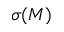
\sigma ( M )